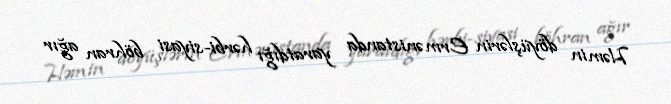
Həmin döyüşlərin Ermənistanda yaratdığı hərbi-siyasi böhran ağır